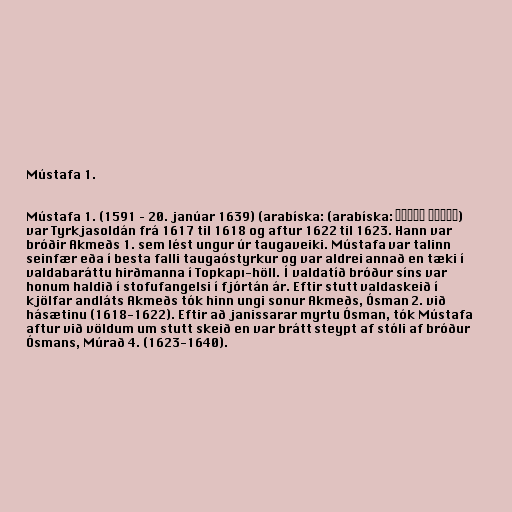
Mústafa 1.

Mústafa 1. (1591 – 20. janúar 1639) (arabíska: (arabíska: مصطفى الأول)
var Tyrkjasoldán frá 1617 til 1618 og aftur 1622 til 1623. Hann var
bróðir Akmeðs 1. sem lést ungur úr taugaveiki. Mústafa var talinn
seinfær eða í besta falli taugaóstyrkur og var aldrei annað en tæki í
valdabaráttu hirðmanna í Topkapı-höll. Í valdatíð bróður síns var
honum haldið í stofufangelsi í fjórtán ár. Eftir stutt valdaskeið í
kjölfar andláts Akmeðs tók hinn ungi sonur Akmeðs, Ósman 2. við
hásætinu (1618-1622). Eftir að janissarar myrtu Ósman, tók Mústafa
aftur við völdum um stutt skeið en var brátt steypt af stóli af bróður
Ósmans, Múrað 4. (1623-1640).